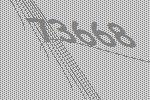
73668